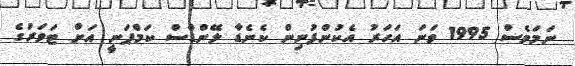
ނަމަވެސް 1995 ވަނަ އަހަރު އެކުންފުނިން ކެނެޑާ ލޭންޑްސް ކަމްޕަނީ އަށް ޓަވަރުގެ